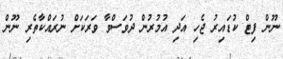
ނޫން ފިޓް ކުޑައިރު ޖެހި އަދި އުމުރުން ދުވަސްވާ ވަރަކަށް ނުރައްކާތެރި ނޫން